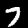
Label: 7